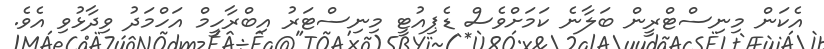
އެކަން މިނިސްޓްރީން ބަލާނެ ކަމަށްވެސް ޑެޕިއުޓީ މިނިސްޓަރު އިބްރާހީމް އަހްމަދު ވިދާޅުވި އެވެ.